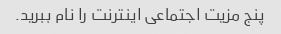
پنج مزیت اجتماعی اینترنت را نام ببرید.